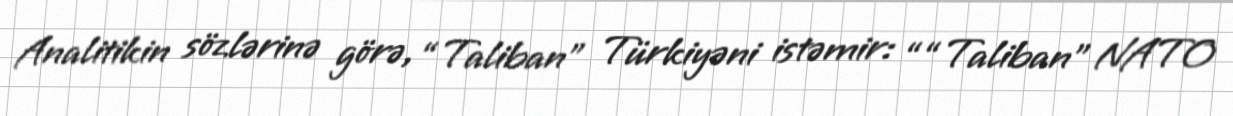
Analitikin sözlərinə görə, “Taliban” Türkiyəni istəmir: ““Taliban” NATO